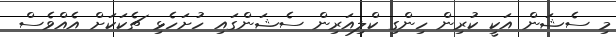
މި ސެޝަން އަކީ ކުރިން ހިންގި ކްލިއަރިން ސެޝަންގައި ހުށަހެޅި ޗެކަކަށް އެއްވެސް